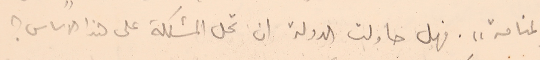
المنامة". فهل حاولت الدولة ان تحل المشكلة على هذا الاساس؟